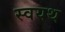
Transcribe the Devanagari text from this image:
स्वयथ